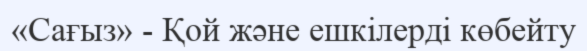
«Сағыз» - Қой және ешкілерді көбейту